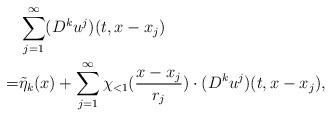
LaTeX: \begin{align*} & \sum_{j=1}^{\infty} (D^k u^j)(t,x-x_j) \\= & \tilde \eta_k (x)+ \sum_{j=1}^{\infty} \chi_{<1}(\frac {x-x_j} {r_j}) \cdot (D^k u^j)(t,x-x_j), \end{align*}